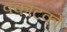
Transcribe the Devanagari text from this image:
वकाटकों